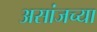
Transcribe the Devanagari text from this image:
असांजच्या